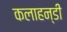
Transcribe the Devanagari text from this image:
कलाहन्डी